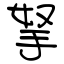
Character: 拏